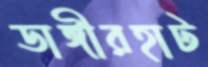
ডাঙ্গীরহাট